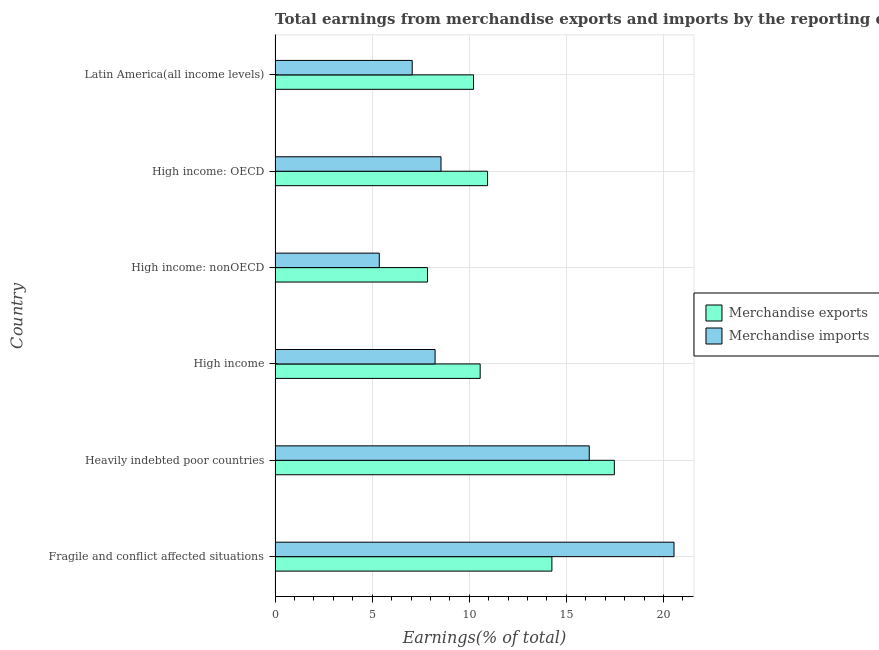
| Country | Merchandise exports | Merchandise imports |
 | --- | --- | --- |
 | Fragile and conflict affected situations | 14.3 | 20.5 |
 | Heavily indebted poor countries | 17.5 | 16.2 |
 | High income | 10.6 | 8.24 |
 | High income: nonOECD | 7.85 | 5.37 |
 | High income: OECD | 10.9 | 8.54 |
 | Latin America(all income levels) | 10.2 | 7.06 |